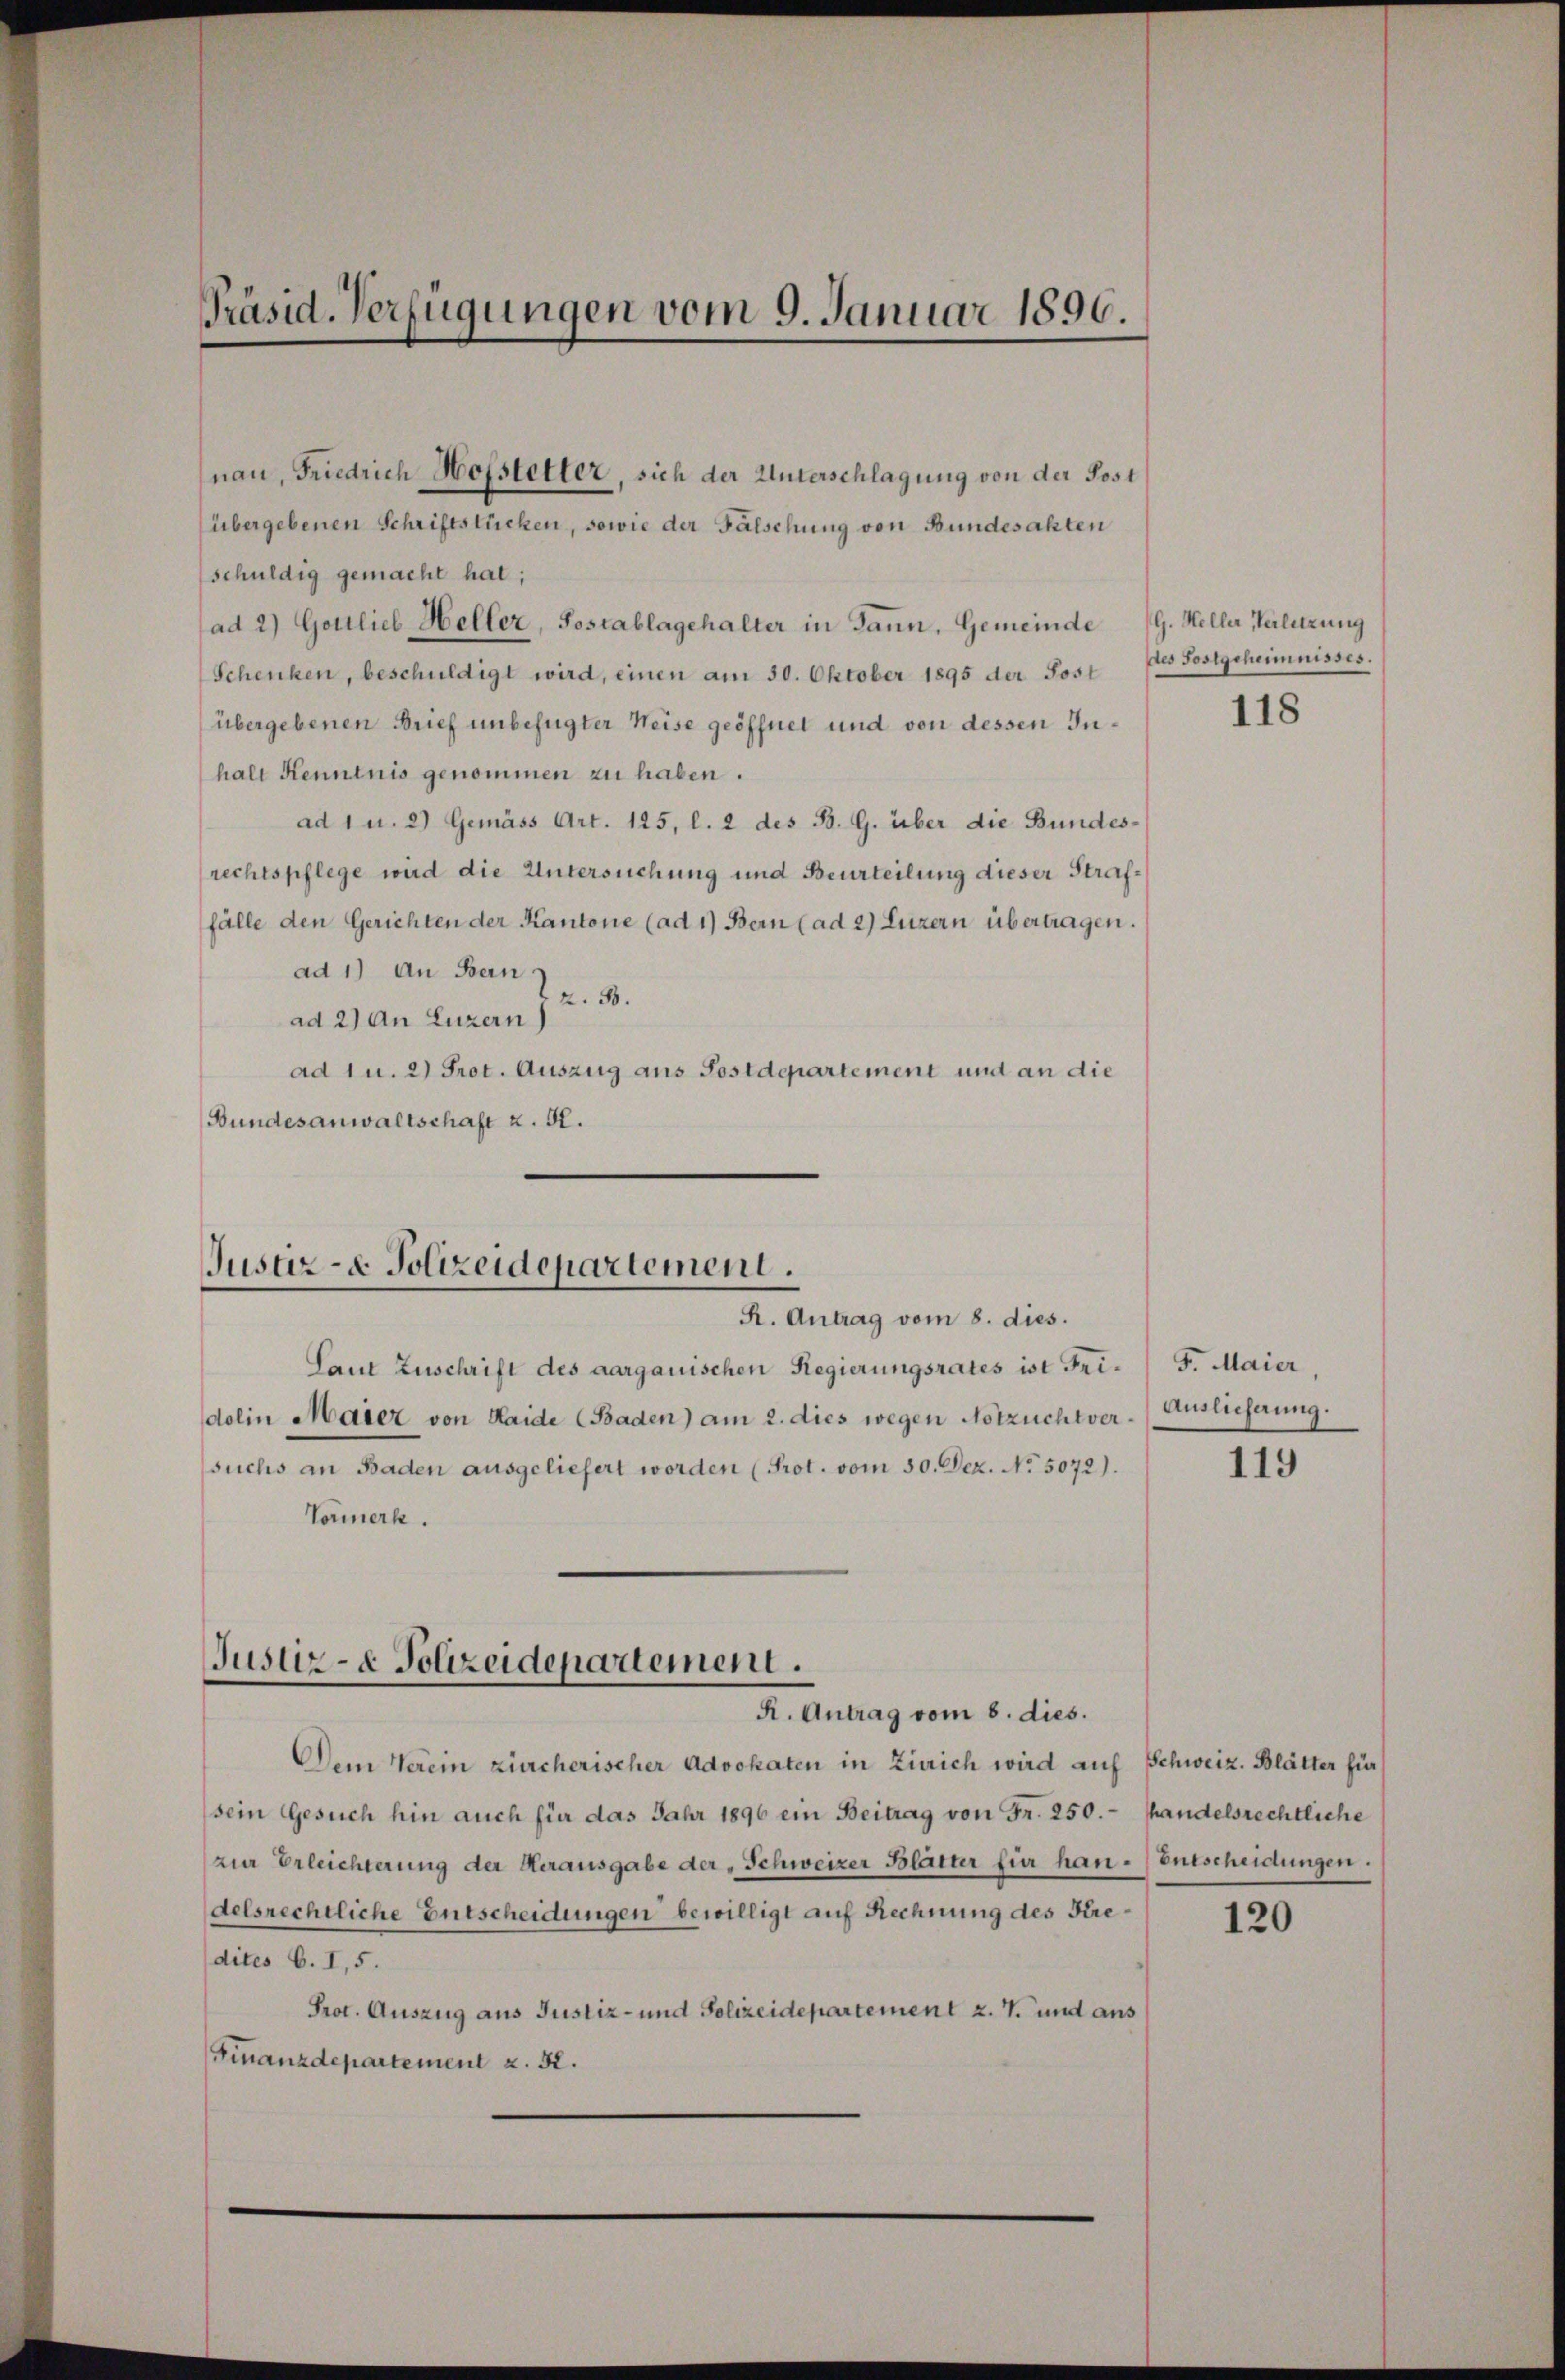
Präsid. Verfügungen vom 9. Januar 1890.

nau, Friedrich Hofstetter, sich der Unterschlagung von der Post
übergebenen Schriftstücken, sowie der Fälschung von Bundesalten
schuldig gemacht hat;
ad 2) Gottlieb Heller, Postablagehalter in Dann, Gemeinde (G. Heller Verletzung
Schenken, beschuldigt wird, einen am 30. Oktober 1895 der Post
übergebenen Brief unbefugter Weise geöffnet und von dessen Inhalt Kenntnis genommen zu haben.
ad 1 u. 2) Gemäss Art. 125, l. 2 des B. G. über die Bundes-
rechtspflege wird die Untersuchung und Beurteilung dieser Straffälle den Gerichten der Kantone (ad 1) Bern (ad 2) Luzern übertragen.
ad 1) an Bern.
2. 30.
ad 2) An Luzern)
ad 1 u. 2) Prot. Auszug aus Postdepartement und an die
Bundesanwaltschaft z. B.
Laut Zuschrift des aargauischen Regierungsrates ist Fridolin Mater von Haide (Baden) am 2. dies wegen Notzuchtversuchs an Baden ausgeliefert worden (Prot. vom 30. Dez. No. 5072).
Tormerk.
Justiz- & Polizeidepariement.
R. Antrag vom 8. dies.
Dem Verein zürcherischer Advokaten in Zürich wird auf Schweiz. Blätter für
sein Gesuch hin auch für das Jahr 1896 ein Beitrag von Fr. 250. handelsrechtliche
zier Erleichterung der Herausgabe der „Schweizer Blätter für han-Entscheidungen.
delsrechtliche Entscheidungen bewilligt auf Rechnung des Kredites b. I, 5.
Prot. Auszug aus Justiz- und Polizeidepartement z. T. und aus
Finanzdepartement z. R.

Justiz- & Polizeidepartement.
R. Antrag vom 8. dies.

des Sostgeheimnisses.

118

F. Maier,
Auslieferung.

119

120